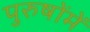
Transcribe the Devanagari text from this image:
पुरुषोंमें